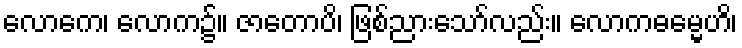
လောကေ၊ လောက၌။ ဇာတောပိ၊ ဖြစ်ညားသော်လည်း။ လောကဓမ္မေဟိ၊